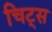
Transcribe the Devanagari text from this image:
चिट्स